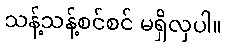
သန့်သန့်စင်စင် မရှိလှပါ။